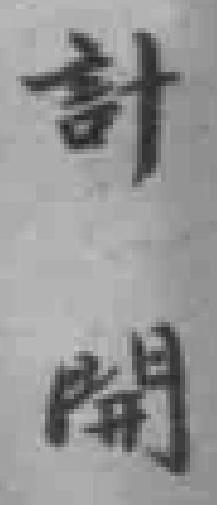
計開